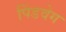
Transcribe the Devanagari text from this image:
पिंडवेग